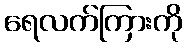
ရေလက်ကြားကို